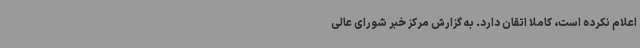
اعلام نکرده است، کاملاً اتقان دارد. به گزارش مرکز خبر شورای عالی